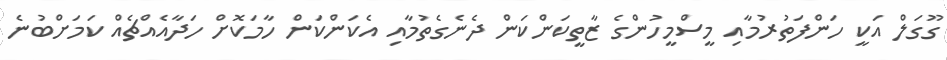
ގޫގަލް އަކީ ހަންފަތުރުމާއި މީސްމީހުންގެ ޒާތީކަންކަން ދެނެގެތުމާއި އެކަންކަން ހާމަކޮށް ހަދާއެއްޗެއް ކަމަށްބުނެ